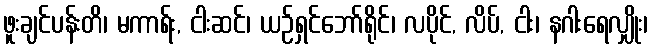
ဖူးချင်ပန်းတိ၊ မကာရ်း, ငါးဆင်၊ ယဉ်ရှင်ဘော်ရိုင်၊ လပိုင်, လိပ်, ငါး၊ နဂါးရေလျှိုး၊